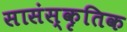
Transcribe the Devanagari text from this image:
सासंस्कृतिक